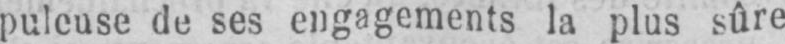
puleuse de ses engagements la plus sûre